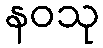
နဝသု